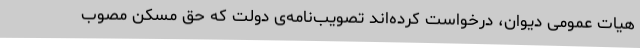
هیات عمومی دیوان، درخواست کرده‌اند تصویب‌نامه‌ی دولت که حق مسکن مصوب